Riigikantselei, lk 138
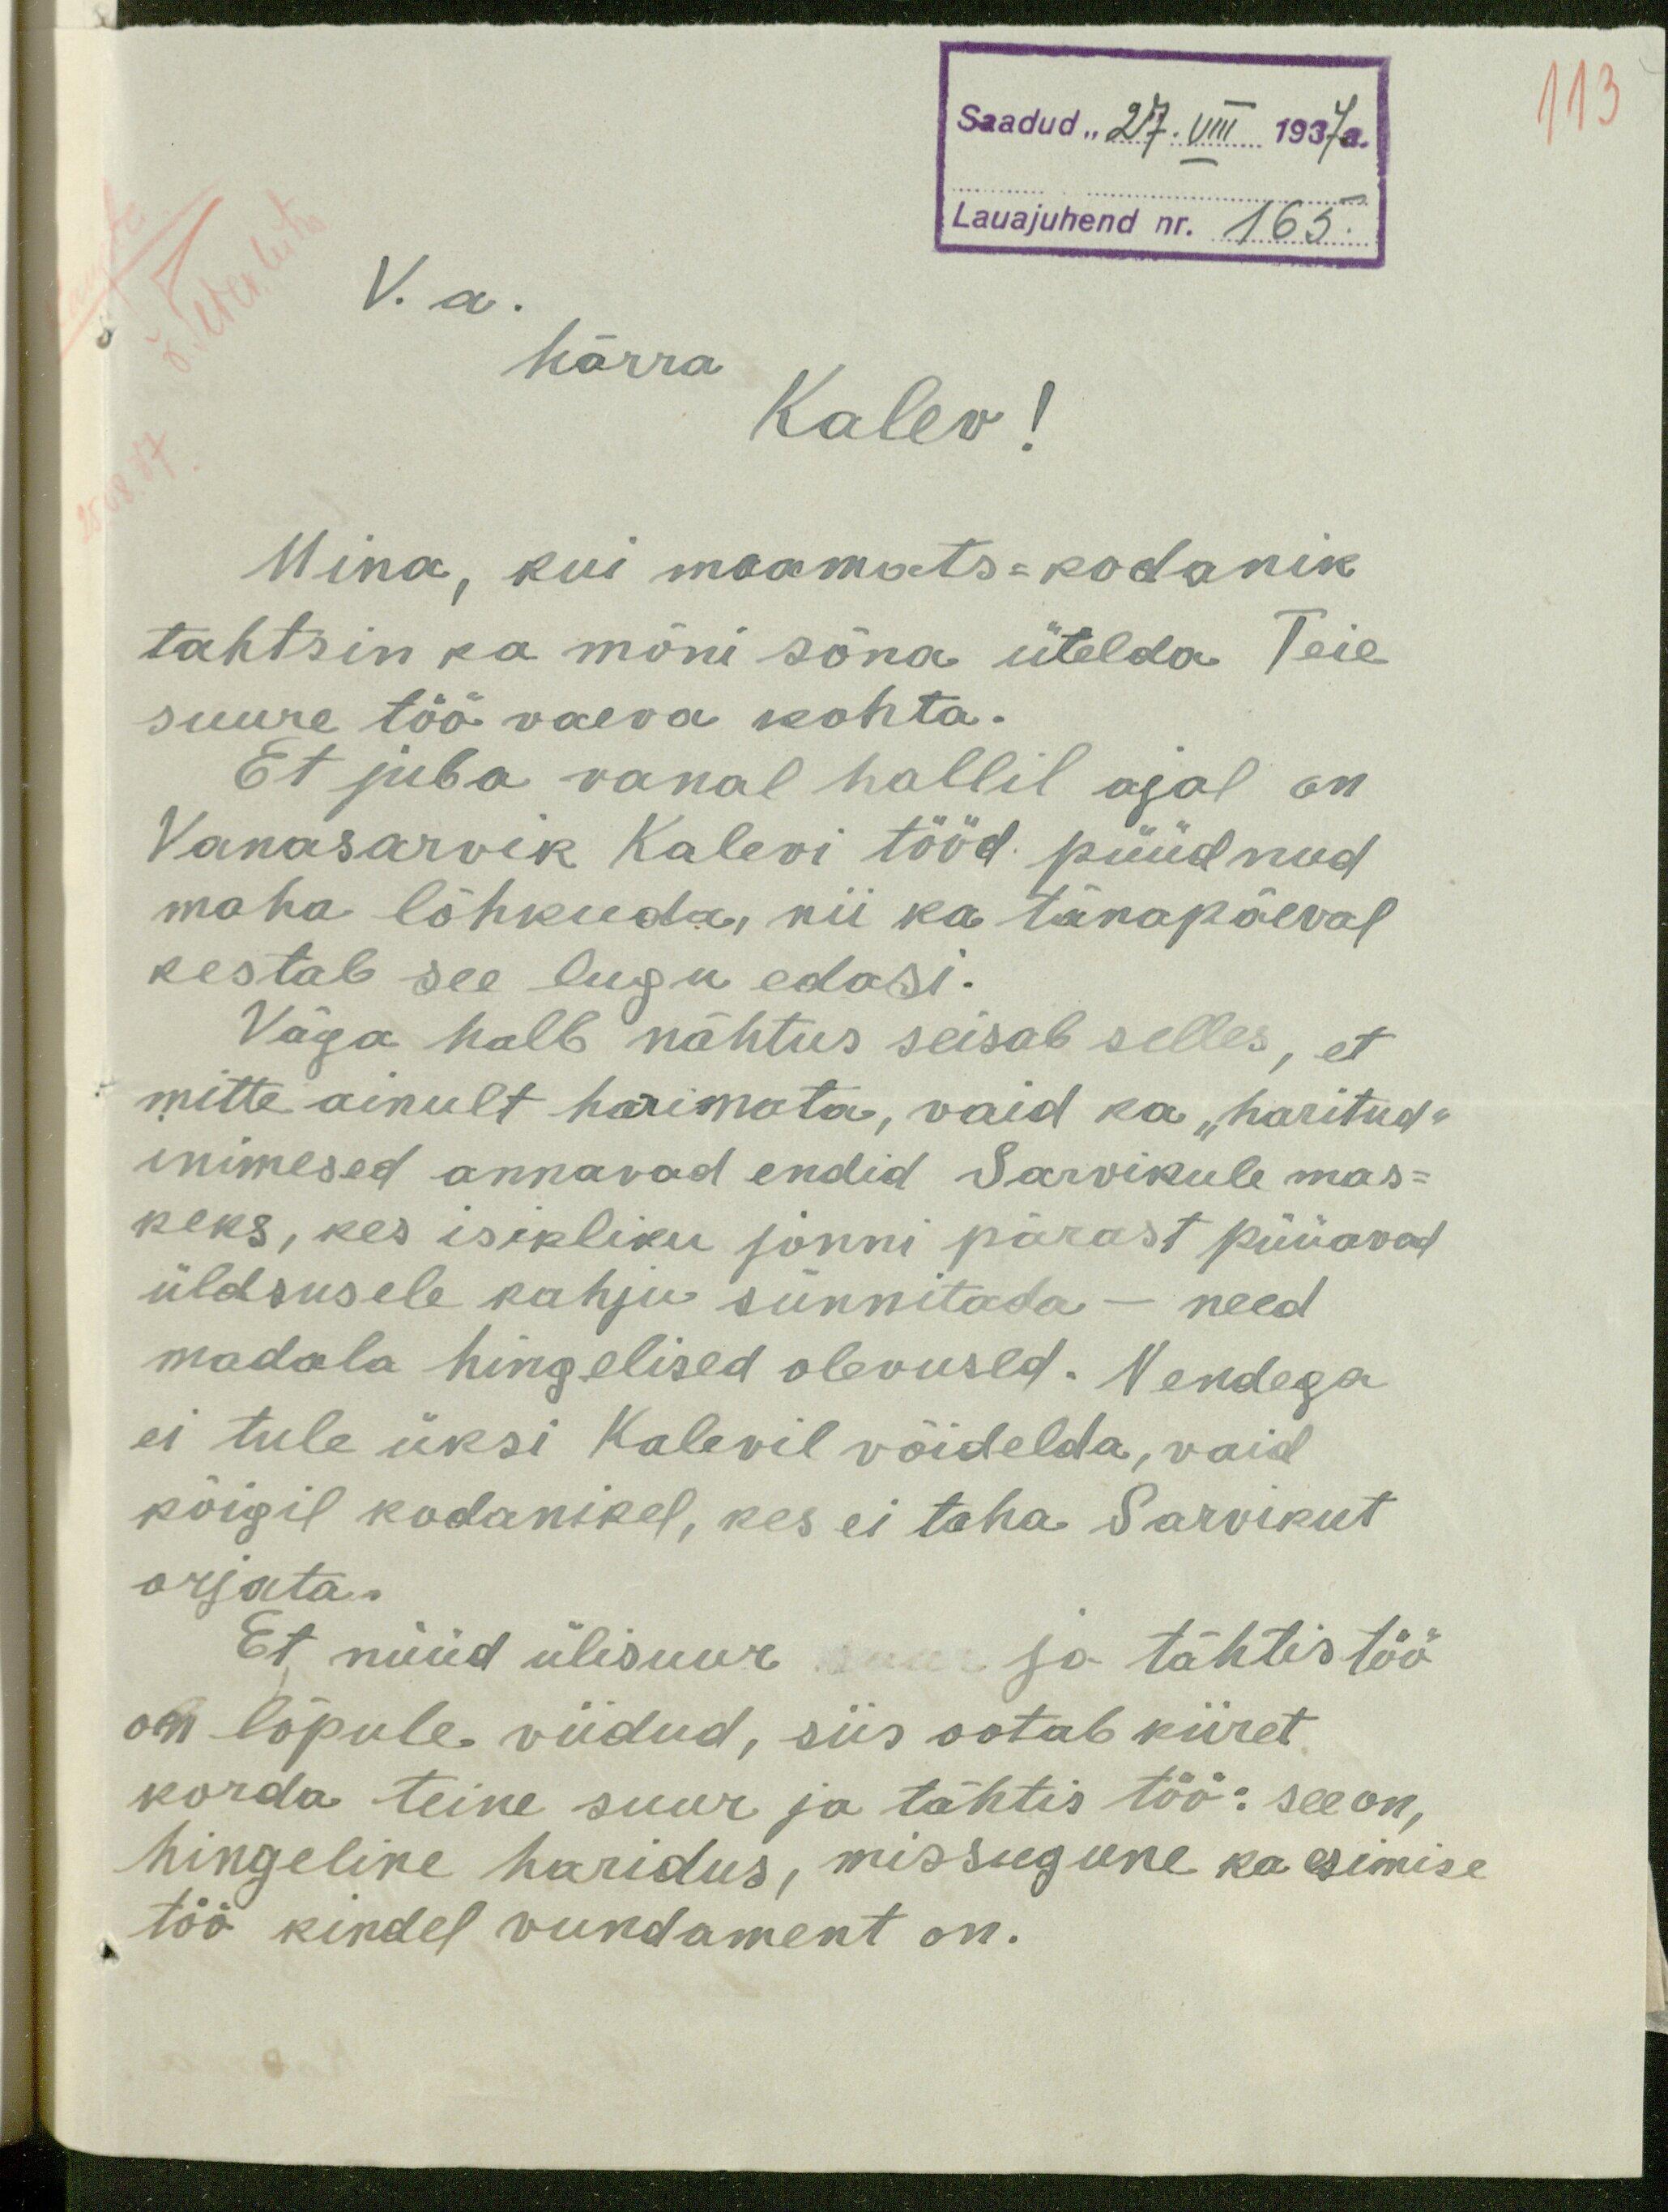
113
Saadud "27." VIII 1937 a.
Lauajuhend nr. 165.
V. a.
härra
Kalev!
Mina, kui maamats-kodanik
tahtsin ka mõni sõna ütelda Teie
suure töö vaeva kohta.
Et juba vanal hallil ajal on
Vanasarvik Kalevi tööd püüdnud
maha lõhkuda, nii ka tänapäeval
kestab see lugu edasi.
Väga halb nähtus seisab selles, et
mitte ainult harimata, vaid ka "haritud"
inimesed annavad endid Sarvikule mas-
keks, kes isikliku jonni pärast püüavad
üldsusele kahju sünnitada - need
madala hingelised olevused. Nendega
ei tule üksi Kalevil võidelda, vaid
kõigil kodanikel, kes ei taha Sarvikut
orjata.
Et nüüd ülisuur ja tähtis töö
on lõpule viidud, siis ootab kiiret
korda teine suur ja tähtis töö: see on,
hingeline haridus, missugune ka esimise
töö kindel vundament on.